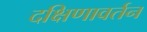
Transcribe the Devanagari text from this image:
दक्षिणावर्तन